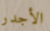
الأجدر